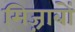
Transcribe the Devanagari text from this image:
मिज़्राबों